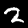
Label: 2